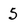
Character: 5